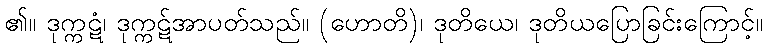
၏။ ဒုက္ကဋံ၊ ဒုက္ကဋ်အာပတ်သည်။ (ဟောတိ)၊ ဒုတိယေ၊ ဒုတိယပြောခြင်းကြောင့်။